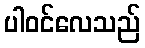
ပါဝင်လေသည်